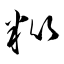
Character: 紕